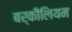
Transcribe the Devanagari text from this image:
बर्कीलियम